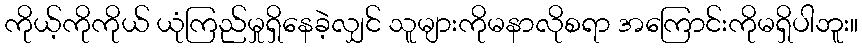
ကိုယ့်ကိုကိုယ် ယုံကြည်မှုရှိနေခဲ့လျှင် သူများကိုမနာလိုစရာ အကြောင်းကိုမရှိပါဘူး။